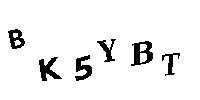
BK5YBT